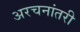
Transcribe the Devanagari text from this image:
अरचनांतरी